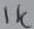
Text: 1K